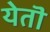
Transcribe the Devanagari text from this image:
येतॊ